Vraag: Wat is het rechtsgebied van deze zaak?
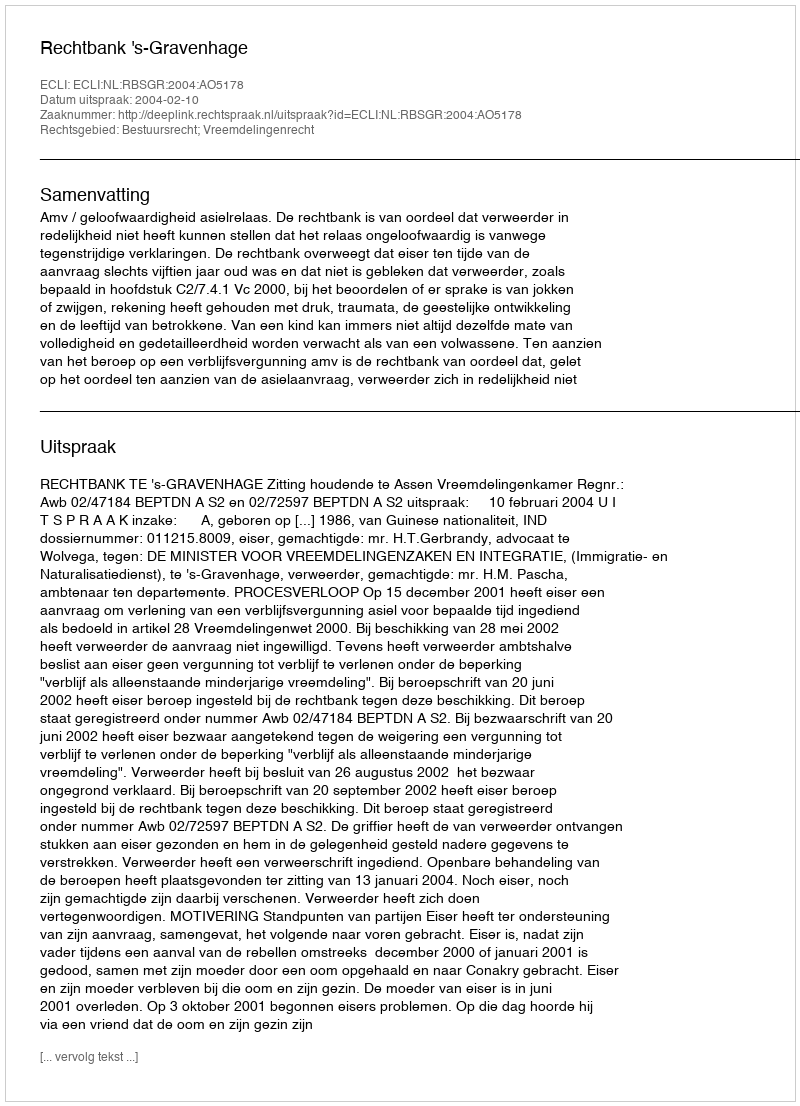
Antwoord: Bestuursrecht; Vreemdelingenrecht